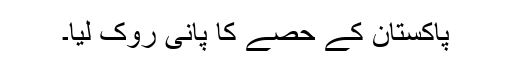
پاکستان کے حصے کا پانی روک لیا۔